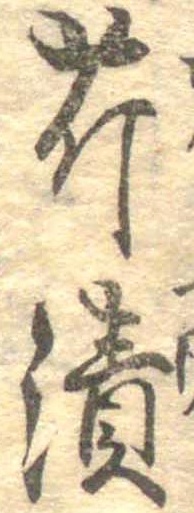
芹漬